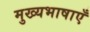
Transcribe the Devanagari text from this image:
मुख्यभाषाएँ